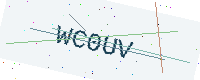
Text: WC0UV